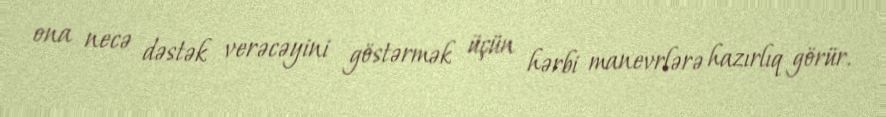
ona necə dəstək verəcəyini göstərmək üçün hərbi manevrlərə hazırlıq görür.